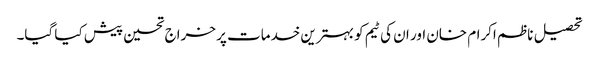
تحصیل ناظم اکرام خان اور ان کی ٹیم کو بہترین خدمات پر خراج تحسین پیش کیا گیا۔